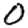
Digit: 0